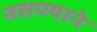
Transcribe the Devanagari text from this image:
नसण्याने